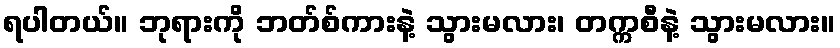
ရပါတယ်။ ဘုရားကို ဘတ်စ်ကားနဲ့ သွားမလား၊ တက္ကစီနဲ့ သွားမလား။